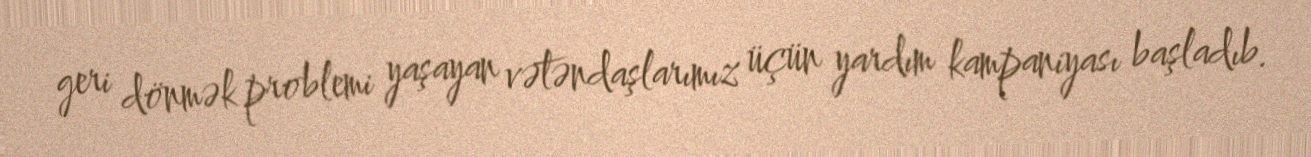
geri dönmək problemi yaşayan vətəndaşlarımız üçün yardım kampaniyası başladıb.